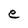
Character: e